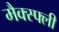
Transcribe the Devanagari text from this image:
मैक्स्फ्ली